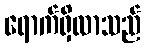
ရောက်ရှိလာသည်